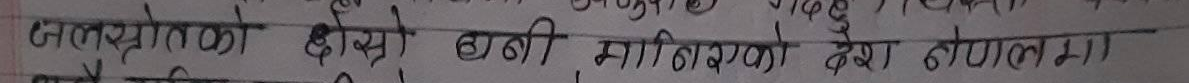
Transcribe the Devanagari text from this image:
बालस्रोतको दोस्रो पानी मागिरएको देखा नोलमा